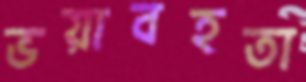
ভয়াবহতা